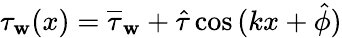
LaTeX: \tau_{\mathbf{w}}(x)=\overline{{{\tau}}}_{\mathbf{w}}+\hat{{\tau}}\cos{(kx+\hat{{\phi}})}